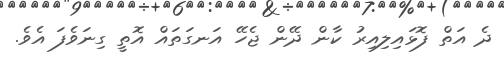
ދެ އަތް ފޮޅައިލިއިރު ކާން ދޭން ޖެހޭ އަނގަތައް އޮތީ ގިނަވެފަ އެވެ.